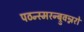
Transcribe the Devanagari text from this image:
पठन्स्मरन्ब्रुवन्नरो